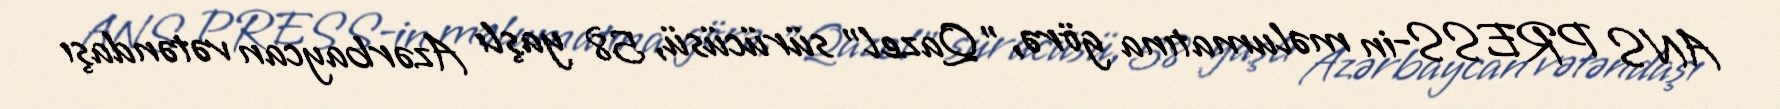
ANS PRESS-in məlumatına görə, "Qazel" sürücüsü, 58 yaşlı Azərbaycan vətəndaşı